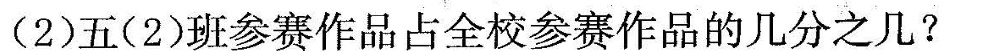
(2)五(2)班参赛作品占全校参赛作品的几分之几?